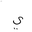
Letter: _ya